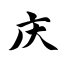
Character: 庆